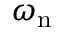
\omega _ { \mathrm { n } }